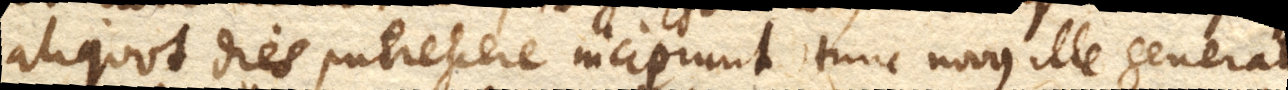
aliquot dies putrescere incipiunt tunc novus ille generatus